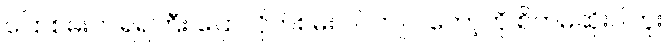
ပြောစမ်းပါ၊ ရဲရဲကြီး ပြောလိုက်စမ်း ပါ၊ ကျုပ် တော့်ကို စိတ်မဆိုးပါဘူး